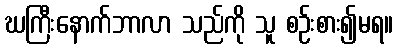
ဃကြီးနောက်ဘာလာ သည်ကို သူ စဉ်းစား၍မရ။